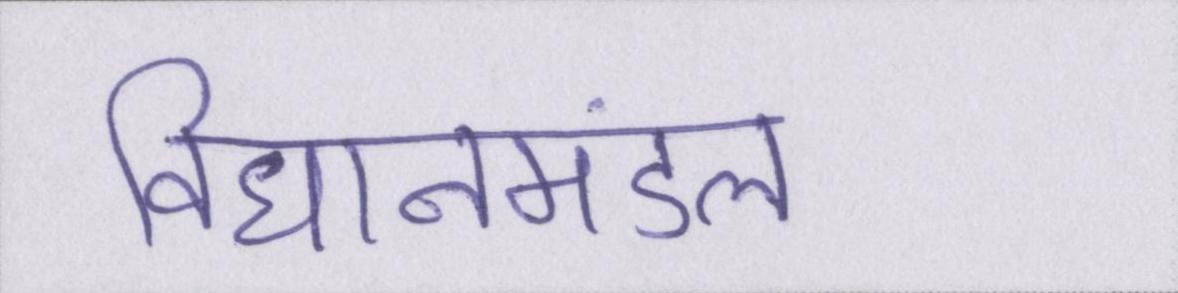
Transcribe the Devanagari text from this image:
विधानमंडल